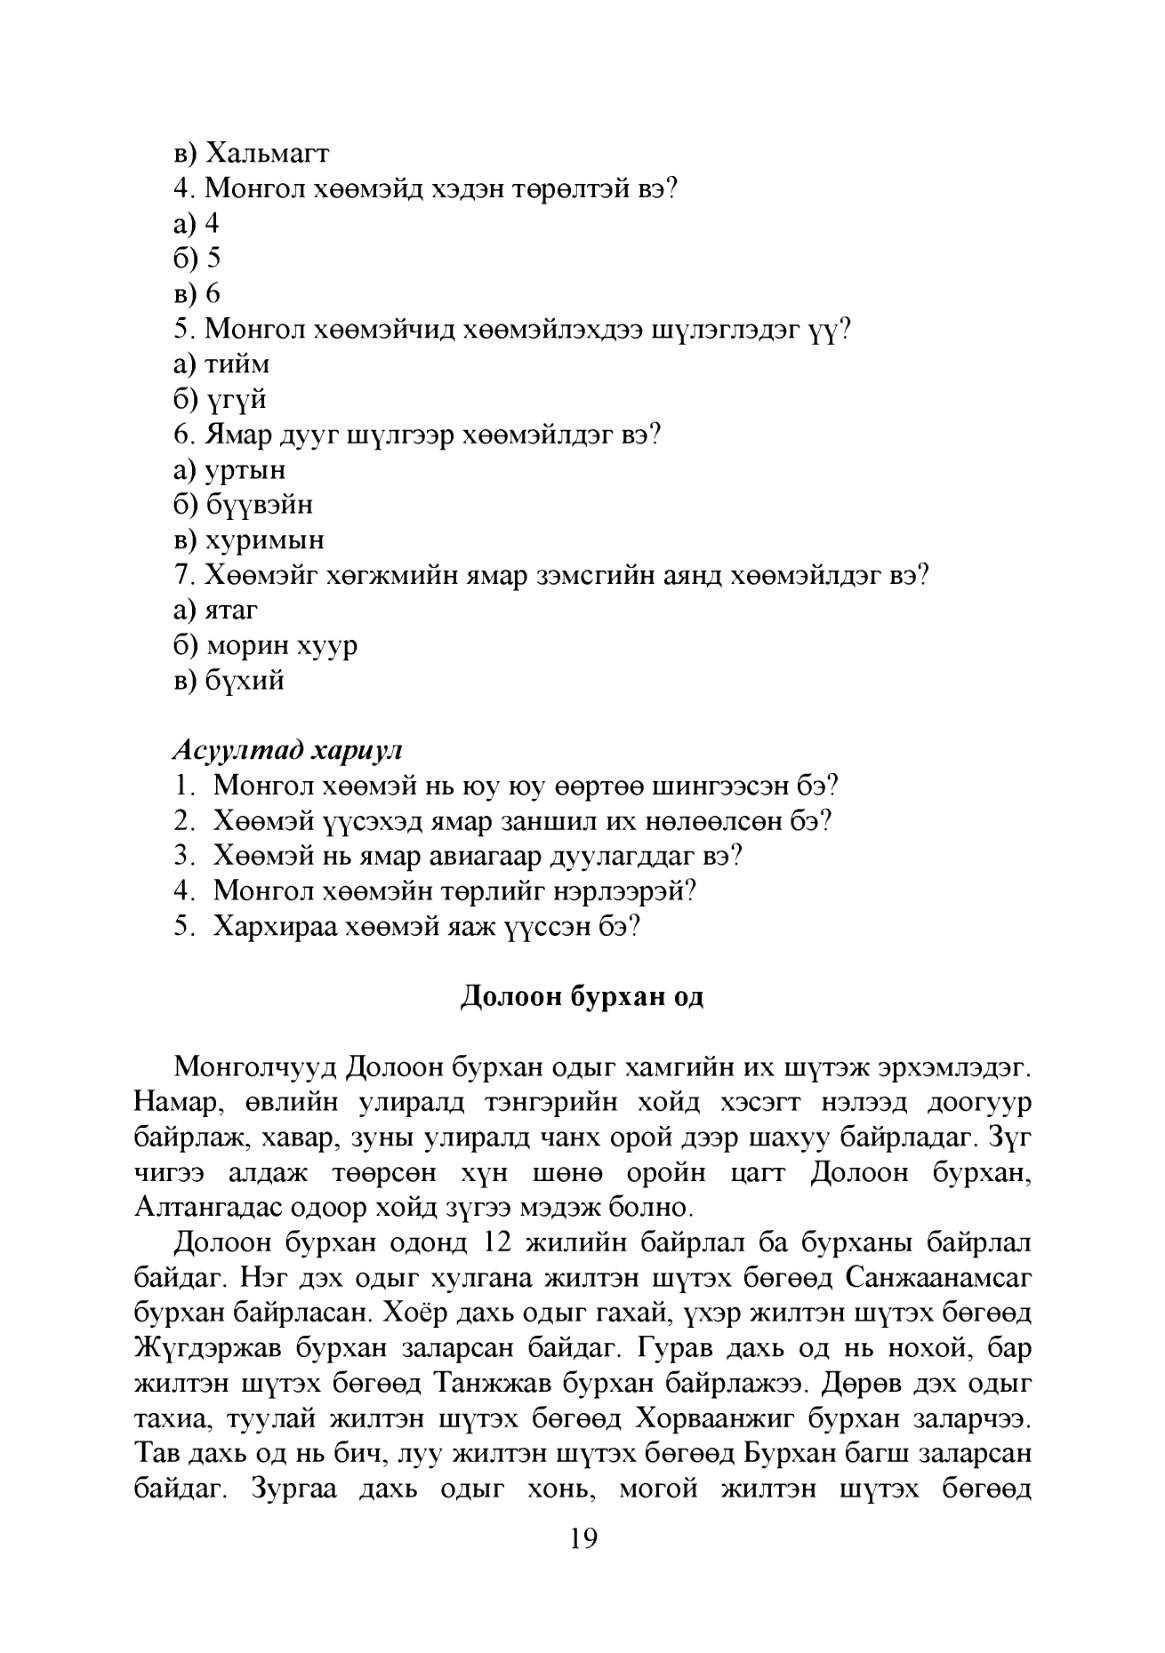
Language: mn